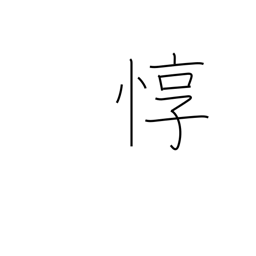
Meaning: considerate